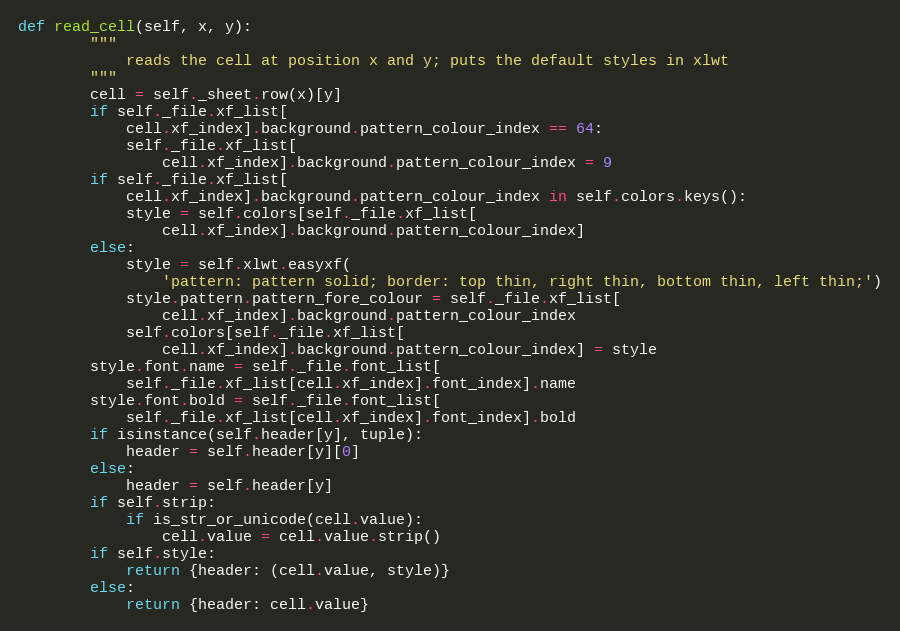
Language: Python
def read_cell(self, x, y):
        """
            reads the cell at position x and y; puts the default styles in xlwt
        """
        cell = self._sheet.row(x)[y]
        if self._file.xf_list[
            cell.xf_index].background.pattern_colour_index == 64:
            self._file.xf_list[
                cell.xf_index].background.pattern_colour_index = 9
        if self._file.xf_list[
            cell.xf_index].background.pattern_colour_index in self.colors.keys():
            style = self.colors[self._file.xf_list[
                cell.xf_index].background.pattern_colour_index]
        else:
            style = self.xlwt.easyxf(
                'pattern: pattern solid; border: top thin, right thin, bottom thin, left thin;')
            style.pattern.pattern_fore_colour = self._file.xf_list[
                cell.xf_index].background.pattern_colour_index
            self.colors[self._file.xf_list[
                cell.xf_index].background.pattern_colour_index] = style
        style.font.name = self._file.font_list[
            self._file.xf_list[cell.xf_index].font_index].name
        style.font.bold = self._file.font_list[
            self._file.xf_list[cell.xf_index].font_index].bold
        if isinstance(self.header[y], tuple):
            header = self.header[y][0]
        else:
            header = self.header[y]
        if self.strip:
            if is_str_or_unicode(cell.value):
                cell.value = cell.value.strip()
        if self.style:
            return {header: (cell.value, style)}
        else:
            return {header: cell.value}